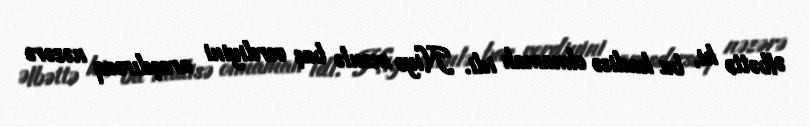
Əlbəttə ki, bu hadisə olmamalı idi. Niyə mənlə baş verdiyini araşdırsaq nəzərə